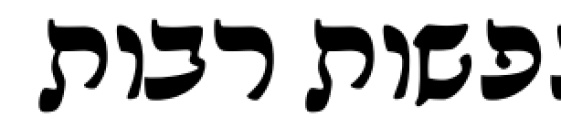
נפשות רבות